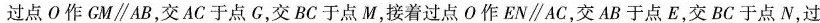
过点O作GM//AB，交AC于点G，交BC于点M，接着过点O作EN//AC，交AB于点E，交BC于点N，过